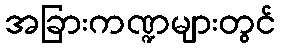
အခြားကဏ္ဍများတွင်